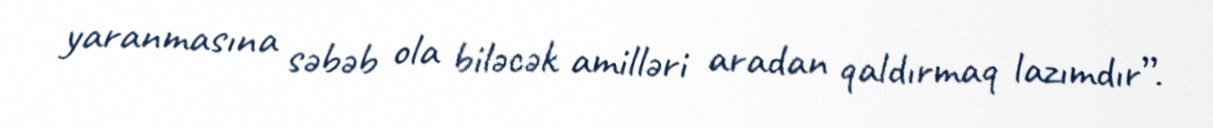
yaranmasına səbəb ola biləcək amilləri aradan qaldırmaq lazımdır”.